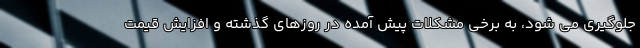
جلوگیری می شود، به برخی مشکلات پیش آمده در روزهای گذشته و افزایش قیمت